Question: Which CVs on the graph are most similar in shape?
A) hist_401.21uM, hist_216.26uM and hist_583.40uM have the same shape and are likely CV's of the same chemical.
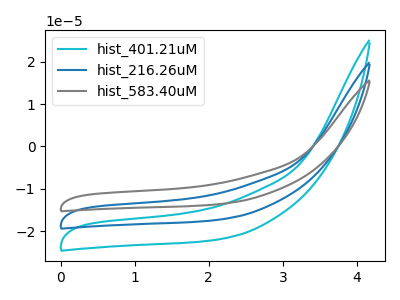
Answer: <think>The cyan curve "hist_401.21uM" has no peaks. The blue curve "hist_216.26uM" has no peaks. The gray curve "hist_583.40uM" has no peaks.
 Neither "hist_401.21uM" or "hist_216.26uM" have any peaks. Neither "hist_401.21uM" or "hist_583.40uM" have any peaks. Neither "hist_216.26uM" or "hist_583.40uM" have any peaks.</think>
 <answer>A) "hist_401.21uM", "hist_216.26uM" and "hist_583.40uM" have the same shape and are likely CV's of the same chemical.</answer>
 <eval>A</eval>